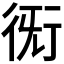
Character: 𧗨